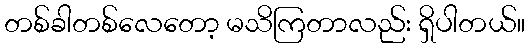
တစ်ခါတစ်လေတော့ မသိကြတာလည်း ရှိပါတယ်။